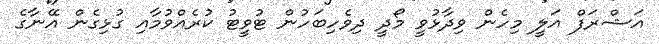
އަޝްރަފް އަލީ މިހެން ވިދާޅުވީ މޯދީ ދިވެހިބަހުން ޓުވީޓު ކުރެއްވުމާއި ގުޅިގެން އޭނާގެ